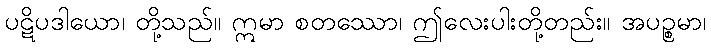
ပဋိပဒါယော၊ တို့သည်။ ဣမာ စတဿော၊ ဤလေးပါးတို့တည်း။ အပဉ္စမာ၊